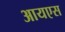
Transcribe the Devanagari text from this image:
आयएस